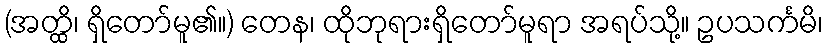
(အတ္ထိ၊ ရှိတော်မူ၏။) တေန၊ ထိုဘုရားရှိတော်မူရာ အရပ်သို့။ ဥပသင်္ကမိ၊